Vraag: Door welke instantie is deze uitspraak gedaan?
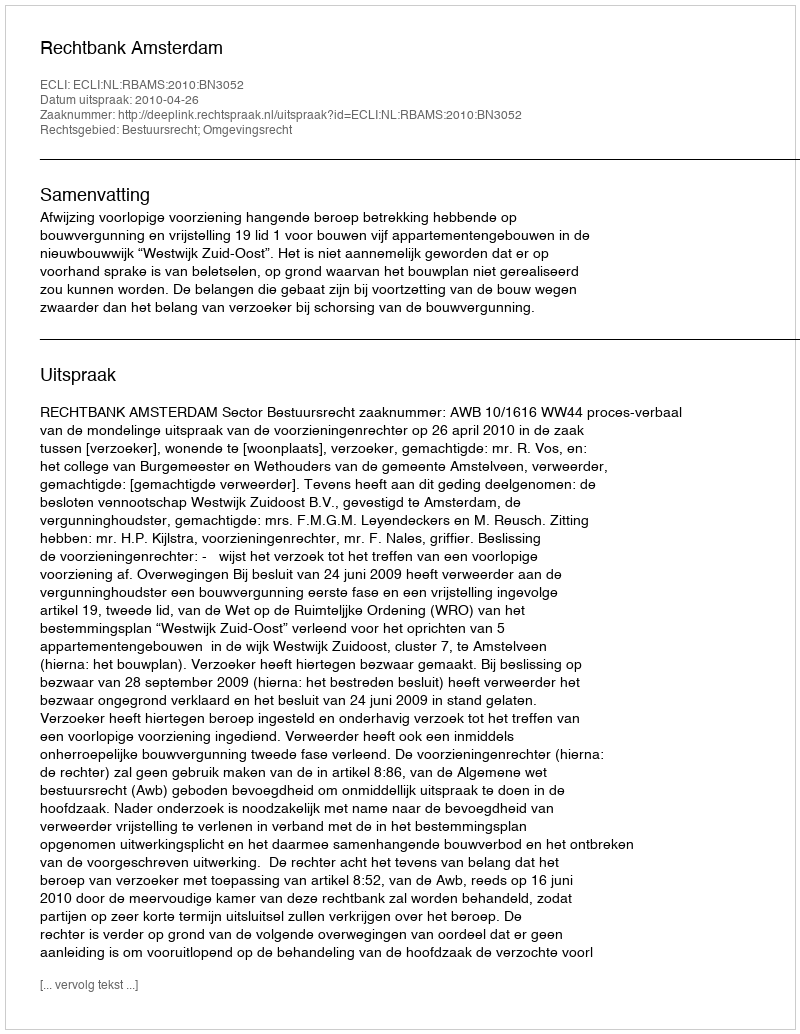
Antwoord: Rechtbank Amsterdam